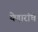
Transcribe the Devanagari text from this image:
येणारांचे